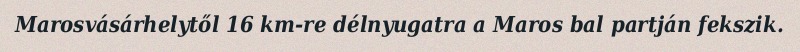
Marosvásárhelytől 16 km-re délnyugatra a Maros bal partján fekszik.